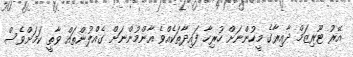
އޭރު ޓޫރިޒަމް ދާއިރާގެ މީހުންނަށް ހުރިހާ ފައިދާތަކެއްވެ އާންމުންނަށް ގެއްލުންތައް ވާތީ ކަމަށްވެސް